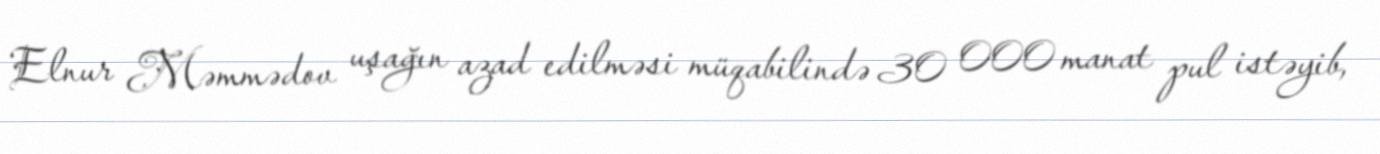
Elnur Məmmədov uşağın azad edilməsi müqabilində 30 000 manat pul istəyib,